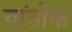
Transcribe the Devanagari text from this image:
गांतोक